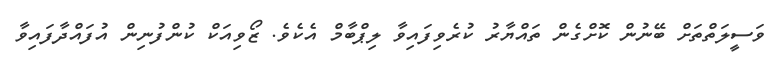
ވަސީލަތްތަށް ބޭނުން ކޮށްގެން ތައްޔާރު ކުރެވިފައިވާ ލިޕްބާމް އެކެވެ. ޒޯވިއަކް ކުންފުނިން އުފައްދާފައިވާ